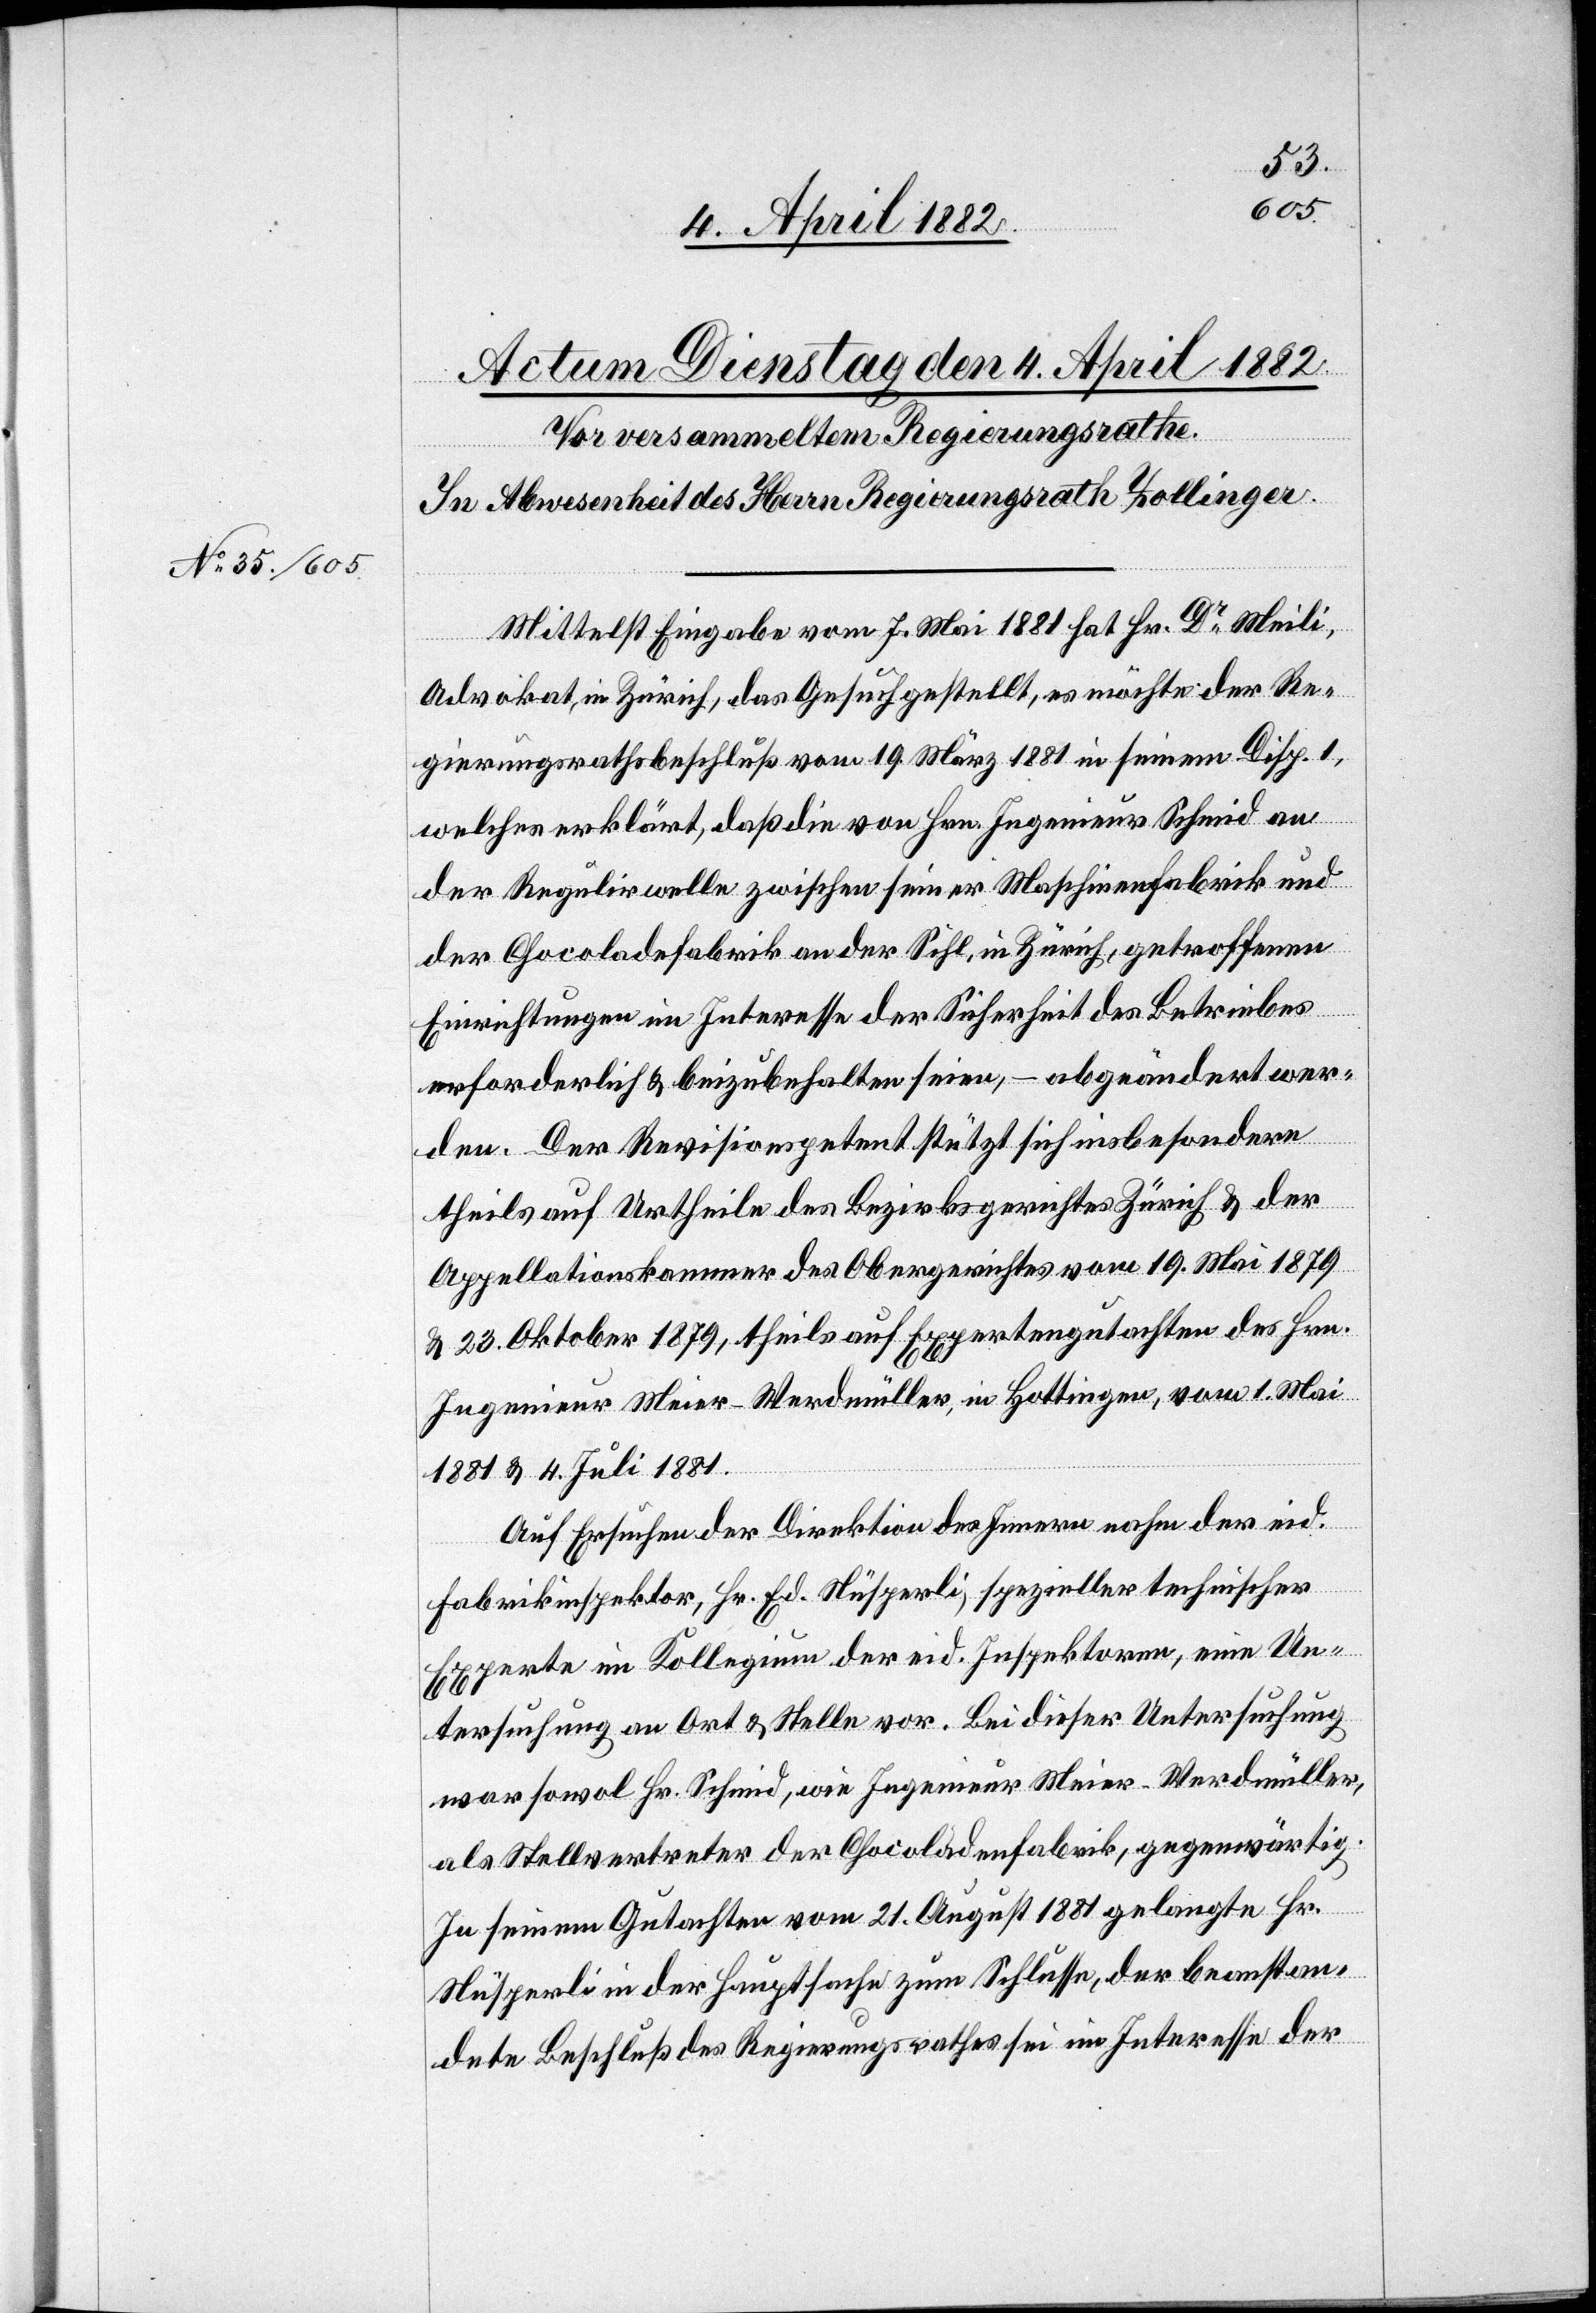
Mittelst Eingabe vom 7. Mai 1881 hat Hr. Dr Meili,
Advokat, in Zürich, das Gesuch gestellt, es möchte der Re¬
gierungsrathsbeschluß vom 19. März 1881 in seinem Disp. 1,
welches erklärt, daß die von Hrn. Ingenieur Schmid an
der Regulirwelle zwischen seiner Maschinenfabrik und
der Chocoladefabrik an der Sihl, in Zürich, getroffenen
Einrichtungen im Interesse der Sicherheit des Betriebes
erforderlich & beizubehalten seien, – abgeändert wer¬
den. Der Revisionspetent stützt sich insbesondere
theils auf Urtheile des Bezirksgerichtes Zürich & der
Appellationskammer des Obergerichtes vom 19. Mai 1879
& 23. Oktober 1879, theils auf Expertengutachten des Hrn.
Ingenieur Meier-Werdmüller, in Hottingen, vom 1. Mai
1881 & 4. Juli 1881.
Auf Ersuchen der Direktion des Innern nahm der eid.
Fabrikinspektor, Hr. Ed. Nüsperli, spezieller technischer
Experte im Kollegium der eid. Inspektoren, eine Un¬
tersuchung an Ort & Stelle vor. Bei dieser Untersuchung
war sowol Hr. Schmid, wie Ingenieur Meier-Werdmüller,
als Stellvertreter der Chocoladenfabrik, gegenwärtig.
In seinem Gutachten vom 21. August 1881 gelangte Hr.
Nüsperli in der Hauptsache um Schlusse, der beanstan¬
dete Beschluß des Regierungsrathes sei im Interesse der